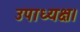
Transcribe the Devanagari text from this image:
उपाध्यक्ष।